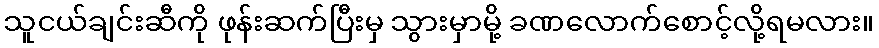
သူငယ်ချင်းဆီကို ဖုန်းဆက်ပြီးမှ သွားမှာမို့ ခဏလောက်စောင့်လို့ရမလား။